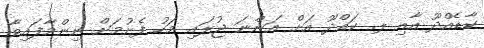
ކާޑެއްދޫ އާއި ލ. ކައްދޫ އަށް އަންނަ ޖުލައި މަހު ފެށުމަށް ނިންމާފައިވާ